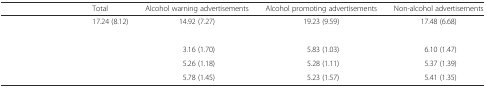
<table><thead><tr><td>[EMPTY_CELL]</td><td><b>Total</b></td><td><b>Alcohol warning advertisements</b></td><td><b>Alcohol promoting advertisements</b></td><td><b>Non-alcohol advertisements</b></td></tr></thead><tbody><tr><td>[EMPTY_CELL]</td><td>17.24 (8.12)</td><td>14.92 (7.27)</td><td>19.23 (9.59)</td><td>17.48 (6.68)</td></tr><tr><td>[EMPTY_CELL]</td><td>[EMPTY_CELL]</td><td>[EMPTY_CELL]</td><td>[EMPTY_CELL]</td><td>[EMPTY_CELL]</td></tr><tr><td>[EMPTY_CELL]</td><td>[EMPTY_CELL]</td><td>3.16 (1.70)</td><td>5.83 (1.03)</td><td>6.10 (1.47)</td></tr><tr><td>[EMPTY_CELL]</td><td>[EMPTY_CELL]</td><td>5.26 (1.18)</td><td>5.28 (1.11)</td><td>5.37 (1.39)</td></tr><tr><td>[EMPTY_CELL]</td><td>[EMPTY_CELL]</td><td>5.78 (1.45)</td><td>5.23 (1.57)</td><td>5.41 (1.35)</td></tr></tbody></table>